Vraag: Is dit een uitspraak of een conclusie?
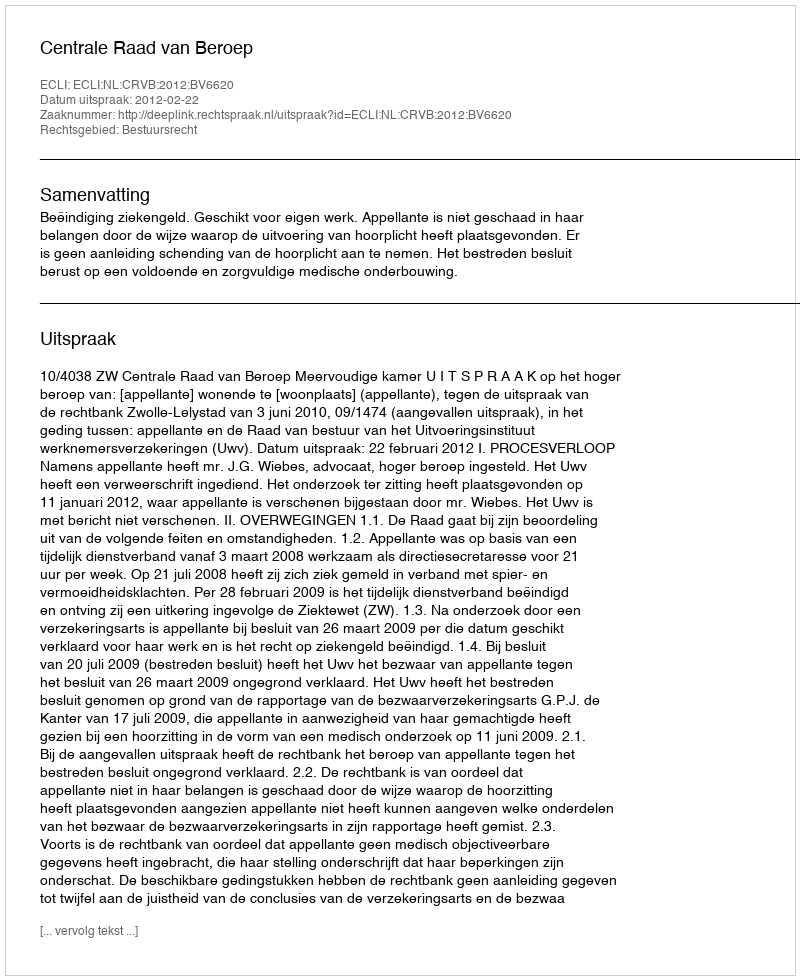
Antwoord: Uitspraak